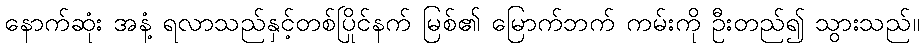
နောက်ဆုံး အနံ့ ရလာသည်နှင့်တစ်ပြိုင်နက် မြစ်၏ မြောက်ဘက် ကမ်းကို ဦးတည်၍ သွားသည်။